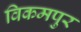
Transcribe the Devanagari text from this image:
विकमपुर